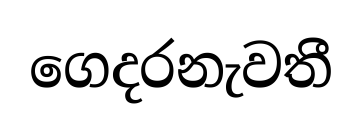
ගෙදරනැවතී